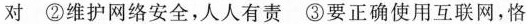
对 ②维护网络安全，人人有责 ③要正确使用互联网，恪